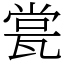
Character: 瓽